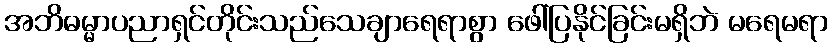
အဘိဓမ္မာပညာရှင်တိုင်းသည်သေချာရေရာစွာ ဖေါ်ပြနိုင်ခြင်းမရှိဘဲ မရေမရာ